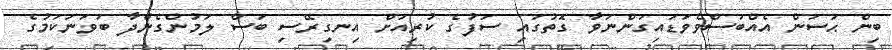
ބިން ޙަސަން އެއްބަސްވެވަޑައިގަންނަވާ ގޮތުގައި ސަފުގެ ކުރިއަށް އިނގިރޭސި ބަސް ލަމުންގެންދާ ބަވަނަކަމުގެ